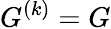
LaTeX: G^{(k)}=G